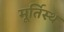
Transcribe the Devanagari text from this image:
मूर्तिस्थ